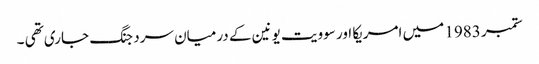
ستمبر 1983 میں امریکا اور سوویت یونین کے درمیان سرد جنگ جاری تھی ۔